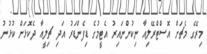
މިރޭގެ މެޗަށް އޮސްޓްރޭލިއާ ނިކުންނައިރު އެޓީމުގެ ޑިފެންޑަރު އަދި ޗިލީއާ ދެކޮޅަށް ކުޅުނު